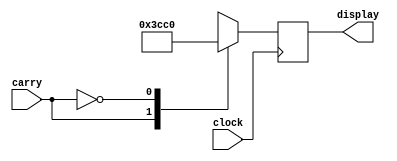
module show_carry_s (
	input carry,
	output reg [6:0] display,
	input clock);
	
	//always @(*)
	always@(posedge clock)
		case (carry)
			1'b1 : display = ~7'b0000110;
			1'b0 : display = ~7'b0111111;
			default : display = ~7'b0000000;
		endcase
	
endmodule